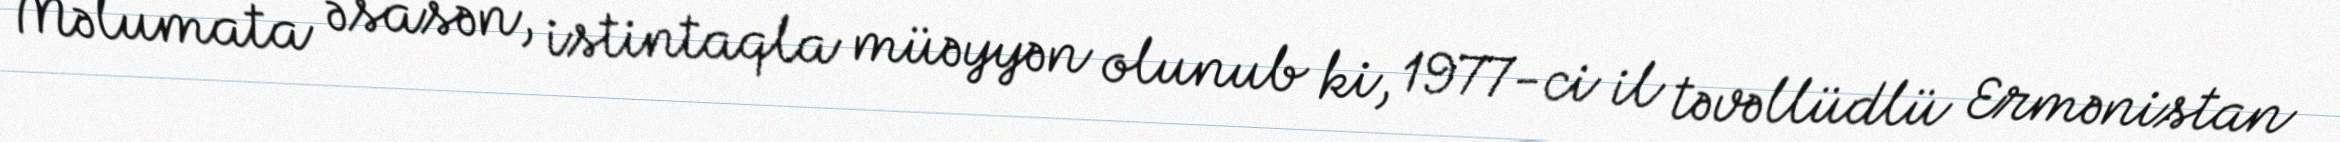
Məlumata əsasən, istintaqla müəyyən olunub ki, 1977-ci il təvəllüdlü Ermənistan